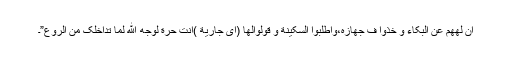
ان لههم عن البکاء و خُذوا ف جهازه،واطلبوا السکينة و قولوالها (ای جارية )انتِ حرّة لِوَجْه اللّٰه لِمَا تَدَاخَلِکِ مِنَ الرَّوعِ”۔